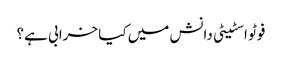
فوٹو اسٹیٹی دانش میں کیا خرابی ہے؟